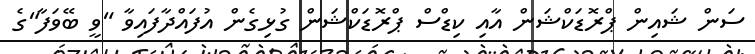
ސަން ޝައިން ޕްރޮޑަކްޝަން އާއި ކިޑްސް ޕްރޮޑަކްޝަން ގުޅިގެން އުފައްދާފައިވާ "ވީ ބޭވަފާ"ގެ